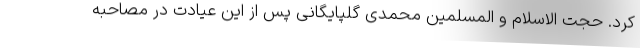
کرد. حجت الاسلام و المسلمین محمدی گلپایگانی پس از این عیادت در مصاحبه